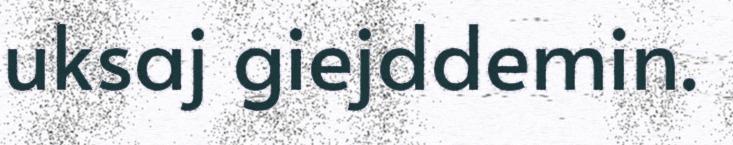
uksaj giejddemin.